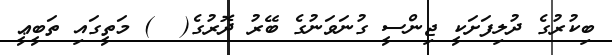
ބިކުރުގެ ދުލިފަށަކީ ޖިންސީ ގުނަވަނުގެ ބޭރު ދޮރުގެ(  ) މަތީގައި ތަބީޢީ